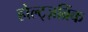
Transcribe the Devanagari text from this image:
होल्ट्ज़ब्रिंक